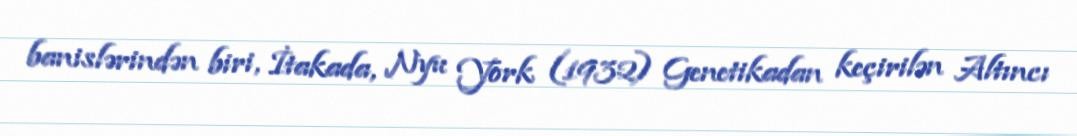
banislərindən biri, İtakada, Nyu York (1932) Genetikadan keçirilən Altıncı